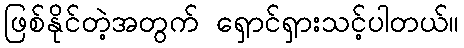
ဖြစ်နိုင်တဲ့အတွက် ရှောင်ရှားသင့်ပါတယ်။